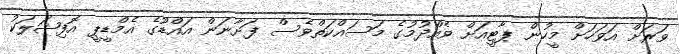
ވަރަށް އަވަހަށް މީހުން ޕާޓީއަށް ވެއްދުމުގެ މަސައްކަތްވެސް ފަށާނަން އައްޑޫގެ އެމްޑީޕީ އޮފިޝަލަކު